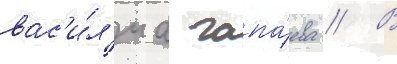
вас'и́л'иа чапа́ева // В